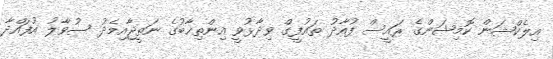
އިލެކްޝަން ކޮމިޝަންގެ ރައީސް ފުއާދު ތައުފީގް ވިދާޅުވީ އިންތިޚާބުގެ ނަތީޖާއިމެދު ސުވާލު އުފައްދާ